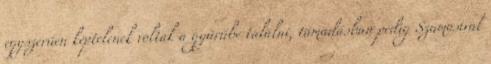
egyszerűen képtelenek voltak a gyűrűbe találni, támadásban pedig Szamosival